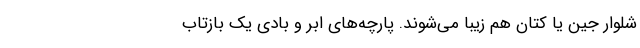
شلوار جین یا کتان هم زیبا می‌شوند. پارچه‌های ابر و بادی یک بازتاب